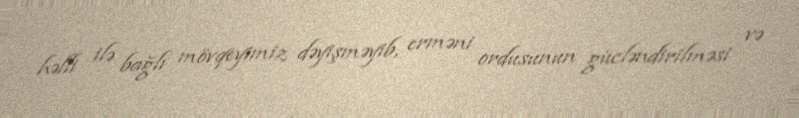
həlli ilə bağlı mövqeyimiz dəyişməyib, erməni ordusunun gücləndirilməsi və